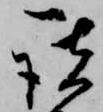
談